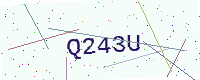
Text: Q243U